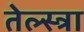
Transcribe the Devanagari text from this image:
तेल्स्त्रा